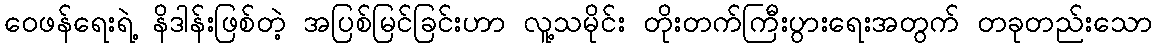
ဝေဖန်ရေးရဲ့ နိဒါန်းဖြစ်တဲ့ အပြစ်မြင်ခြင်းဟာ လူ့သမိုင်း တိုးတက်ကြီးပွားရေးအတွက် တခုတည်းသော